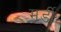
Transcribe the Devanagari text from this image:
मर्डी